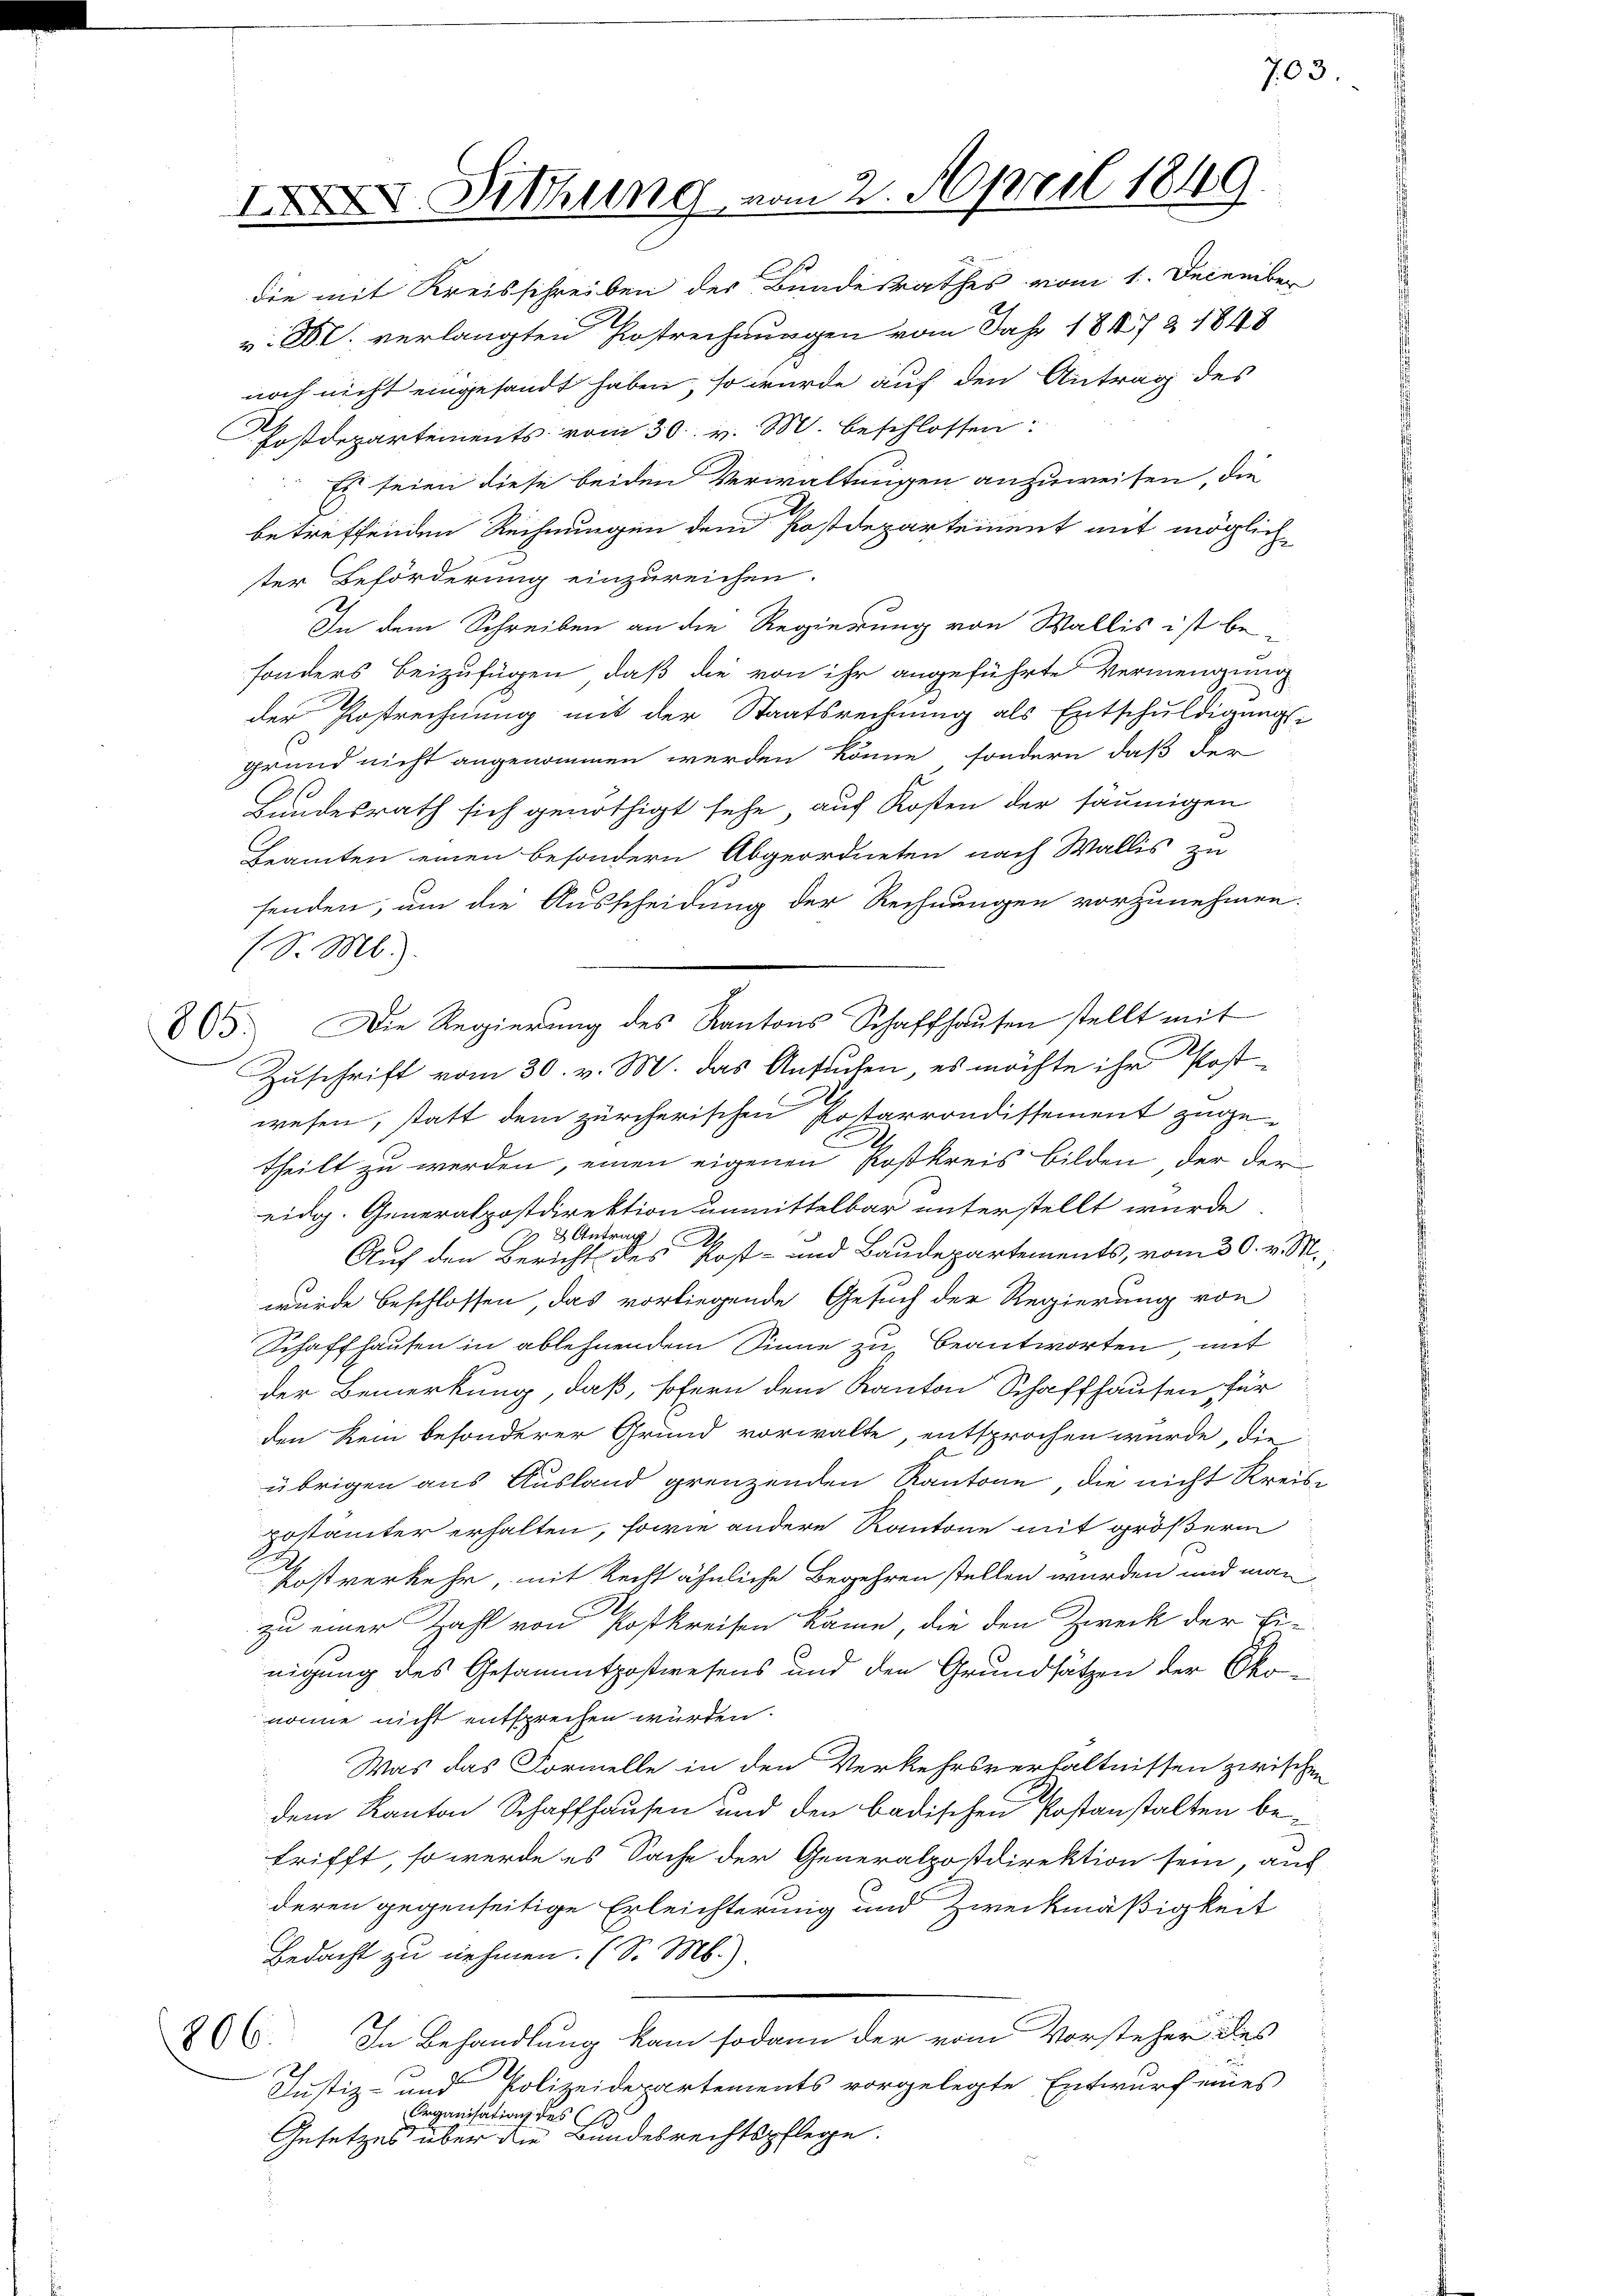
noch nicht eingesandt haben, so wurde auf den Antrag des
Postdepartements vom 30. v. M. beschlossen:
Es seien diese beiden Verwaltungen anzuweisen, die
betreffenden Rechnungen dem Postdepartement mit möglich
ter Beförderung einzureichen.
In dem Schreiben an die Regierung von Wallis ist besonders beizufügen, daß die von ihr angeführte Vermengung
der Rostrechnung mit der Staatsrechnung als Entschuldigungsgrund nicht angenommen werden könne, sondern, daß der
Hundesrath sich genöthigt sehe auf Kosten der säumigen
Leamten einen besondern Abgeordneten nach Wallis zu
fenden, um die Ausscheidung der Rechnungen vorzunehmen.
(S. M.)
805. Die Regierŭng des Kantons Schaffhaŭsen stellt mit
Zuschrift vom 30. v. M. das Ansuchen, es möchte ihr Postwesen, statt dem zürcherischen Postarrondissement zugetheilt zu werden, einen eigenen Postkreis bilden, der der
eidg. Generalpostdirektion unmittelbar unterstellt wurde.
etrag

2
Auf den Bericht des Post- und Baudepartements, vom 30. v. M.,
wurde beschlossen, das vorliegende Gesuch der Regierung von
Schaffhausen in ablehnendem Sinne zu beantworten mit
der Bemerkung, daß, sofern dem Kanton Schaffhausen für
den kein besonderer Grund vorwalte, entsprochen würde, die
übrigen aus Ausland grenzenden Kantone, die nicht Kreispostämter erhalten, sowie andere Kantone mit größerm
Postverkehr, mit Recht ähnliche Begehren stellen wurden und man
zu einer Zahl von Postkreisen käme, die den Zweck der Ei-
nigung des Gesammtpostwesens und den Grundsätzen der Okonönne nicht entsprechen würden.
 Was das Formelle in den Verkehrsverhältnissen zwischen
dem Kanton Schaffhausen und den badischen Postanstalten betrifft, so werde es Sache der Generalpostdirektion sein, auf
deren gegenseitige Erleichterung und Zweckmäßigkeit
Bedacht zu nehmen. (S. M.).
In Behandlung kam sodann der vom Vorsteher des
806.
Justiz- und Polizeidepartements vorgelegte Entwurf eines
Organisation des C.
Gesetzes über die Bundesrechtspflege.

die mit Kreisschreiben des Bundesrathes vom 1. December
v. M. verlangten Bestrechnungen vom Jahr 1845 Z 1848

IXXI Sitzung vom 2. April 1849.

703.